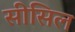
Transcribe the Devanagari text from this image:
सीसिल